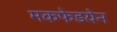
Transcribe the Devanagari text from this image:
मकफेडयेन